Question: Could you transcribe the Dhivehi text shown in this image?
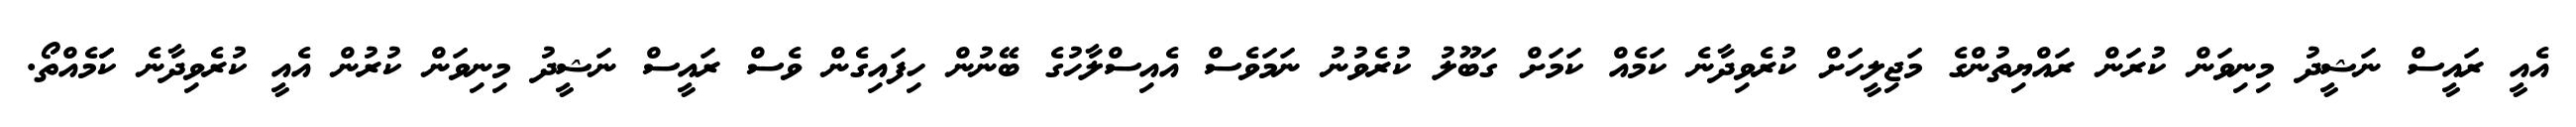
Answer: އެއީ ރައީސް ނަޝީދު މިނިވަން ކުރަން ރައްޔިތުންގެ މަޖިލީހަށް ކުރެވިދާނެ ކަމެއް ކަމަށް ގަބޫލު ކުރެވުނު ނަމަވެސް އެއިސްލާހުގެ ބޭނުން ހިފައިގެން ވެސް ރައީސް ނަޝީދު މިނިވަން ކުރުން އެއީ ކުރެވިދާނެ ކަަމެއްތޯ.